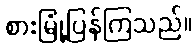
စားမြုံ့ပြန်ကြသည်။